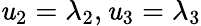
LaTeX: \mathit{u}_{2}=\lambda_{2},\mathit{u}_{3}=\lambda_{3}